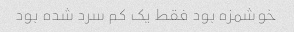
خوشمزه بود فقط یک کم سرد شده بود